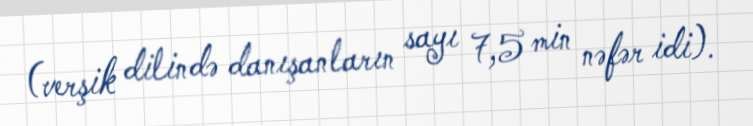
(verşik dilində danışanların sayı 7,5 min nəfər idi).